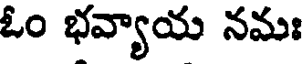
ఓం భవ్యాయ నమః